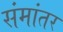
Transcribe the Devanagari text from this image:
संमांतर